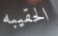
الحقيبه